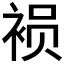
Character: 𮷁